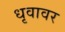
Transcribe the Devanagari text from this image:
धृवावर